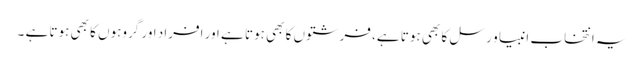
یہ انتخاب انبیا و رسل کا بھی ہوتا ہے، فرشتوں کا بھی ہوتا ہے اور افراد اور گروہوں کا بھی ہوتا ہے ۔